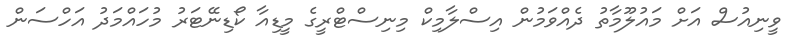
ވީނިއުސް އަށް މައުލޫމާތު ދެއްވަމުން އިސްލާމިކް މިނިސްޓްރީގެ މީޑިއާ ކޯޑިނޭޓަރު މުހައްމަދު އަހްސަން